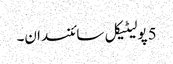
5 پولیٹیکل سائنسدان۔